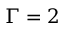
\Gamma = 2